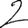
Digit: 2